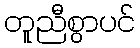
တူညီစွာပင်